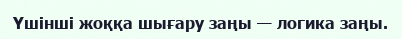
Үшінші жоққа шығару заңы — логика заңы.